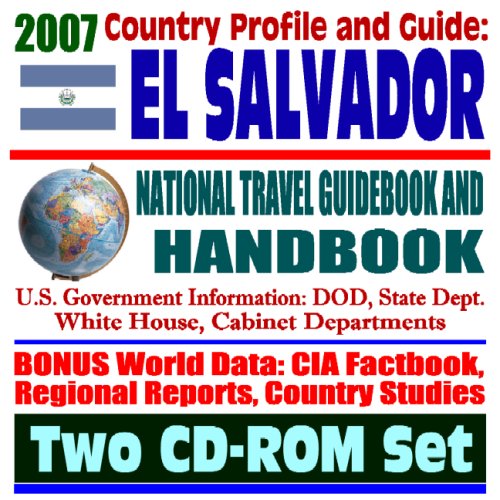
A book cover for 2007 Country Profile and Guide to El Salvador - National Travel Guidebook and Handbook (Two CD-ROM Set); U.S. Government; Travel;